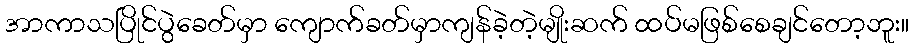
အာကာသပြိုင်ပွဲခေတ်မှာ ကျောက်ခတ်မှာကျန်ခဲ့တဲ့မျိုးဆက် ထပ်မဖြစ်စေချင်တော့ဘူး။